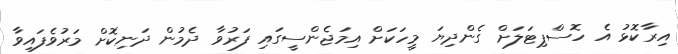
އިރާކޮޅު އެ ހޮސްޕިޓަލަށް ގެންދިޔަ މީހަކަށް އިމަޖެންސީގައި ފަރުވާ ދެމުން ދަނިކޮށް މަރުވެފައިވާ